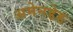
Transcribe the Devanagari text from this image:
अमेनडेड